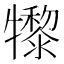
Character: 𤛼